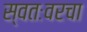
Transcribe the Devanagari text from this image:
स्वतःवरचा